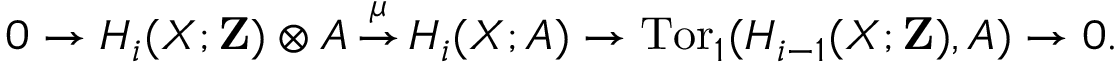
0 \to H _ { i } ( X ; \mathbf { Z } ) \otimes A \, { \overset { \mu } { \to } } \, H _ { i } ( X ; A ) \to \operatorname { T o r } _ { 1 } ( H _ { i - 1 } ( X ; \mathbf { Z } ) , A ) \to 0 .